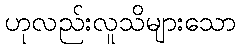
ဟုလည်းလူသိများသော